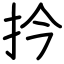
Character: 扲